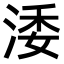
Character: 涹